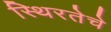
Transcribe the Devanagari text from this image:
स्थिरतेचे